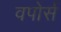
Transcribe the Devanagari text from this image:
वपोर्स